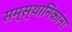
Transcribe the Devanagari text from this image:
सम्स्थानिकांना